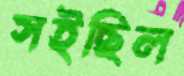
সইছিল